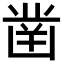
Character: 凿